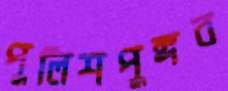
পুলিশপুঙ্গব